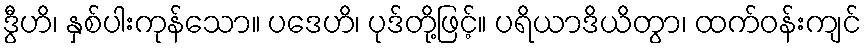
ဒွီဟိ၊ နှစ်ပါးကုန်သော။ ပဒေဟိ၊ ပုဒ်တို့ဖြင့်။ ပရိယာဒိယိတွာ၊ ထက်ဝန်းကျင်